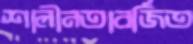
শালীনতাবর্জিত